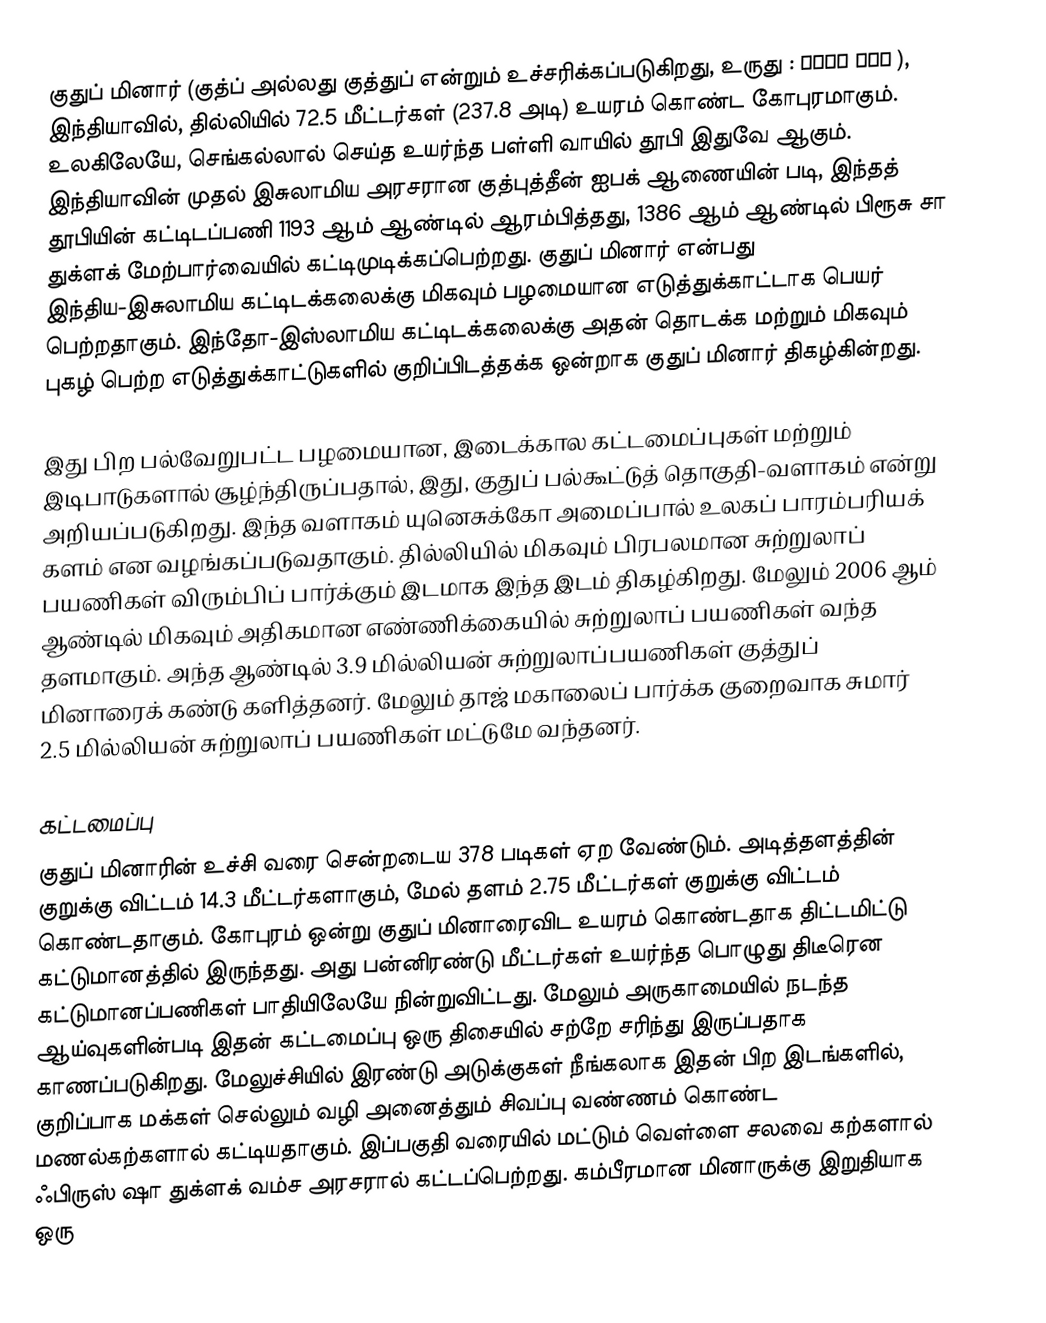
குதுப் மினார் (குத்ப் அல்லது குத்துப் என்றும் உச்சரிக்கப்படுகிறது, உருது : قطب منار ), இந்தியாவில், தில்லியில் 72.5 மீட்டர்கள் (237.8 அடி) உயரம் கொண்ட கோபுரமாகும். உலகிலேயே, செங்கல்லால் செய்த உயர்ந்த பள்ளி வாயில் தூபி இதுவே ஆகும். இந்தியாவின் முதல் இசுலாமிய அரசரான குத்புத்தீன் ஐபக் ஆணையின் படி, இந்தத் தூபியின் கட்டிடப்பணி 1193 ஆம் ஆண்டில் ஆரம்பித்தது, 1386 ஆம் ஆண்டில் பிரூசு சா துக்ளக் மேற்பார்வையில் கட்டிமுடிக்கப்பெற்றது. குதுப் மினார் என்பது இந்திய-இசுலாமிய கட்டிடக்கலைக்கு மிகவும் பழமையான எடுத்துக்காட்டாக பெயர் பெற்றதாகும். இந்தோ-இஸ்லாமிய கட்டிடக்கலைக்கு அதன் தொடக்க மற்றும் மிகவும் புகழ் பெற்ற எடுத்துக்காட்டுகளில் குறிப்பிடத்தக்க ஒன்றாக குதுப் மினார் திகழ்கின்றது.

இது பிற பல்வேறுபட்ட பழமையான, இடைக்கால கட்டமைப்புகள் மற்றும் இடிபாடுகளால் சூழ்ந்திருப்பதால், இது, குதுப் பல்கூட்டுத் தொகுதி-வளாகம் என்று அறியப்படுகிறது. இந்த வளாகம் யுனெசுக்கோ அமைப்பால் உலகப் பாரம்பரியக் களம் என வழங்கப்படுவதாகும். தில்லியில் மிகவும் பிரபலமான சுற்றுலாப் பயணிகள் விரும்பிப் பார்க்கும் இடமாக இந்த இடம் திகழ்கிறது. மேலும் 2006 ஆம் ஆண்டில் மிகவும் அதிகமான எண்ணிக்கையில் சுற்றுலாப் பயணிகள் வந்த தளமாகும். அந்த ஆண்டில் 3.9 மில்லியன் சுற்றுலாப்பயணிகள் குத்துப் மினாரைக் கண்டு களித்தனர். மேலும் தாஜ் மகாலைப் பார்க்க குறைவாக சுமார் 2.5 மில்லியன் சுற்றுலாப் பயணிகள் மட்டுமே வந்தனர்.

கட்டமைப்பு
குதுப் மினாரின் உச்சி வரை சென்றடைய 378 படிகள் ஏற வேண்டும். அடித்தளத்தின் குறுக்கு விட்டம் 14.3 மீட்டர்களாகும், மேல் தளம் 2.75 மீட்டர்கள் குறுக்கு விட்டம் கொண்டதாகும். கோபுரம் ஒன்று குதுப் மினாரைவிட உயரம் கொண்டதாக திட்டமிட்டு கட்டுமானத்தில் இருந்தது. அது பன்னிரண்டு மீட்டர்கள் உயர்ந்த பொழுது திடீரென கட்டுமானப்பணிகள் பாதியிலேயே நின்றுவிட்டது. மேலும் அருகாமையில் நடந்த ஆய்வுகளின்படி இதன் கட்டமைப்பு ஒரு திசையில் சற்றே சரிந்து இருப்பதாக காணப்படுகிறது. மேலுச்சியில் இரண்டு அடுக்குகள் நீங்கலாக இதன் பிற இடங்களில், குறிப்பாக மக்கள் செல்லும் வழி அனைத்தும் சிவப்பு வண்ணம் கொண்ட மணல்கற்களால் கட்டியதாகும். இப்பகுதி வரையில் மட்டும் வெள்ளை சலவை கற்களால் ஃபிருஸ் ஷா துக்ளக் வம்ச அரசரால் கட்டப்பெற்றது. கம்பீரமான மினாருக்கு இறுதியாக ஒரு